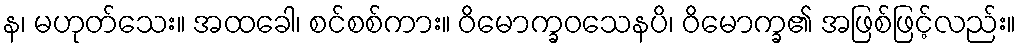
န၊ မဟုတ်သေး။ အထခေါ၊ စင်စစ်ကား။ ဝိမောက္ခဝသေနပိ၊ ဝိမောက္ခ၏ အဖြစ်ဖြင့်လည်း။